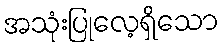
အသုံးပြုလေ့ရှိသော